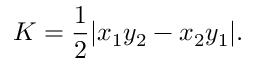
K = { \frac { 1 } { 2 } } | x _ { 1 } y _ { 2 } - x _ { 2 } y _ { 1 } | .